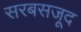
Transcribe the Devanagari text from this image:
सरबसजूद